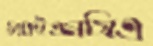
ওয়াইএমসিএ